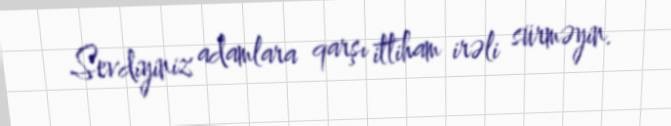
Sevdiyiniz adamlara qarşı ittiham irəli sürməyin.